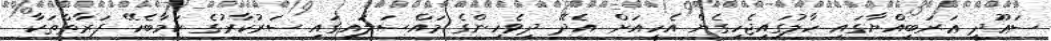
ސަޢޫދީ ޢަރަބިއްޔާގައި ހާލުގައިޖެހިގެން އެހީއަށް އެދޭ ދިވެހިންގެ މައްސަލައިގައި ސަރުކާރުގެ ކަމާބެހޭ ފަރާތްތަކާ